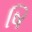
ષિ